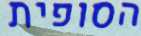
הסופית